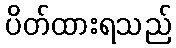
ပိတ်ထားရသည်